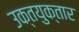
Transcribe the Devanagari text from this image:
उक्तयुक्तार